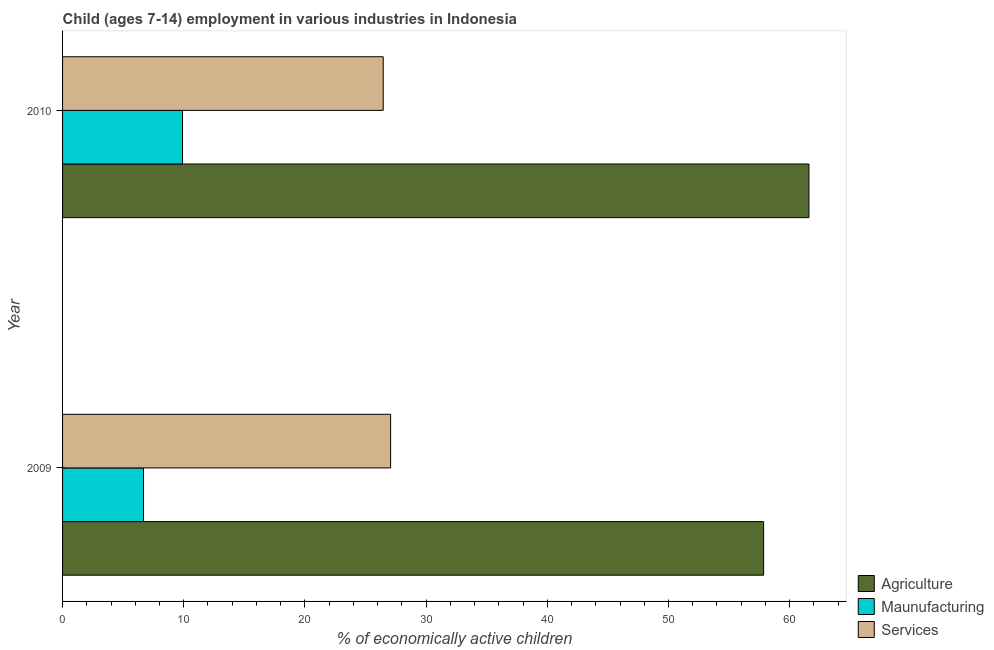
| Year | Agriculture | Maunufacturing | Services |
 | --- | --- | --- | --- |
 | 2009 | 57.9 | 6.68 | 27.1 |
 | 2010 | 61.6 | 9.9 | 26.5 |